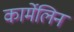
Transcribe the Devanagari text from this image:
कार्मेलिन